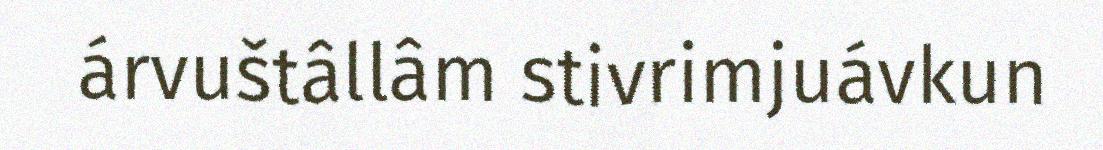
árvuštâllâm stivrimjuávkun